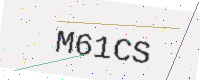
Text: M61CS